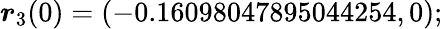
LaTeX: \boldsymbol{r}_{3}(0)=(-0.16098047895044254,0);